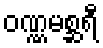
ဝဏ္ဏမစ္ဆရီ